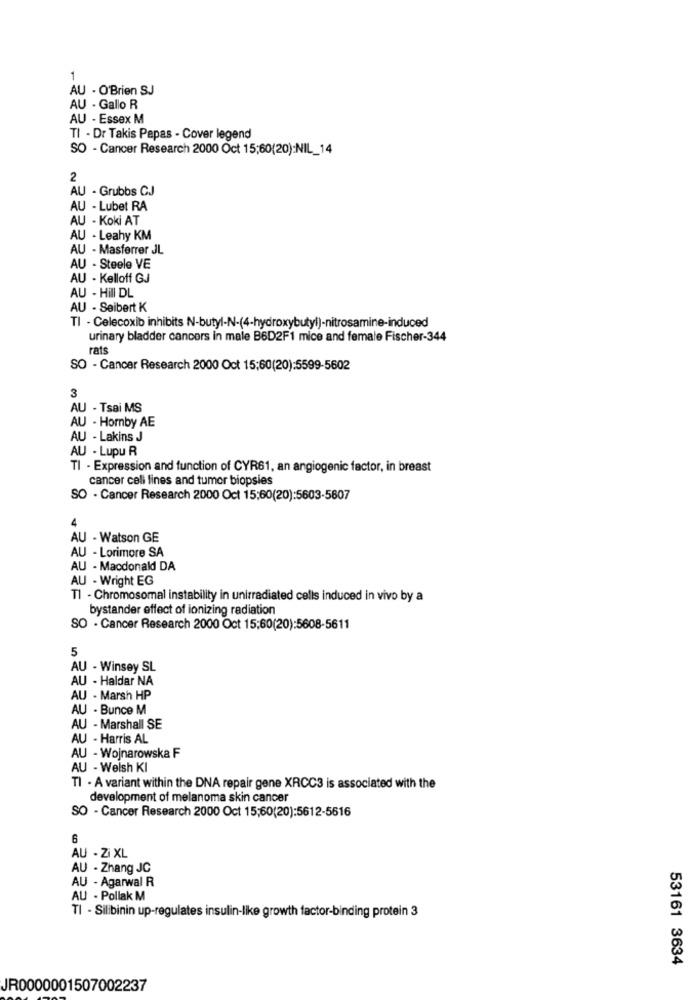
1
AU - O'Brien SJ
AU - Gallo R
AU - Essex M
TI - Dr Takis Papas - Cover legend
SO - Cancer Research 2000 Oct 15;60(20):NIL_14
2
AU - Grubbs CJ
AU - Lubet RA
AU - Koki AT
AU - Leahy KM
AU - Masferrer JL
AU - Steele VE
AU - Kelloff GJ
AU - Hill DL
AU - Seibert K
TI - Celecoxib inhibits N-butyl-N-(4-hydroxybutyl)-nitrosamine-induced
urinary bladder cancers in male B6D2F1 mice and female Fischer-344
rats
SO - Cancer Research 2000 Oct 15:60(20):5599-5602
3
AU - Tsai MS
AU - Hornby AE
AU - Lakins J
AU - Lupu R
TI - Expression and function of CYR61, an angiogenic factor, in breast
cancer cell lines and tumor biopsies
SO - Cancer Research 2000 Oct 15:60(20):5603-5607
4
AU - Watson GE
AU - Lorimore SA
AU - Macdonald DA
AU - Wright EG
TI - Chromosomal instability in unirradiated cells induced in vivo by a
bystander effect of ionizing radiation
SO - Cancer Research 2000 Oct 15:60(20):5608-5611
5
AU - Winsey SL
AU - Haldar NA
AU - Marsh HP
AU - Bunce M
AU - Marshall SE
AU - Harris AL
AU - Wojnarowska F
AU - Welsh KI
TI . A variant within the DNA repair gene XRCC3 is associated with the
development of melanoma skin cancer
SO - Cancer Research 2000 Oct 15;60(20):5612-5616
6
AU - Zi XL
AU - Zhang JC
AU - Agarwal R
AU . Pollak M
TI - Silibinin up-regulates insulin-like growth factor-binding protein 3
53161 3634
JR0000001507002237